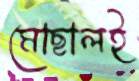
মোছালই